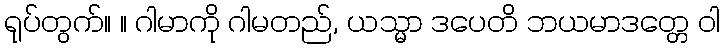
ရုပ်တွက်။ ။ ဂါမာကို ဂါမတည်, ယသ္မာ ဒပေတိ ဘယမာဒတ္တေ ဝါ